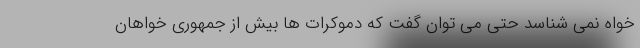
خواه نمی شناسد حتی می توان گفت که دموکرات ها بیش از جمهوری خواهان